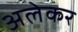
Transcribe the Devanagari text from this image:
अलेकर